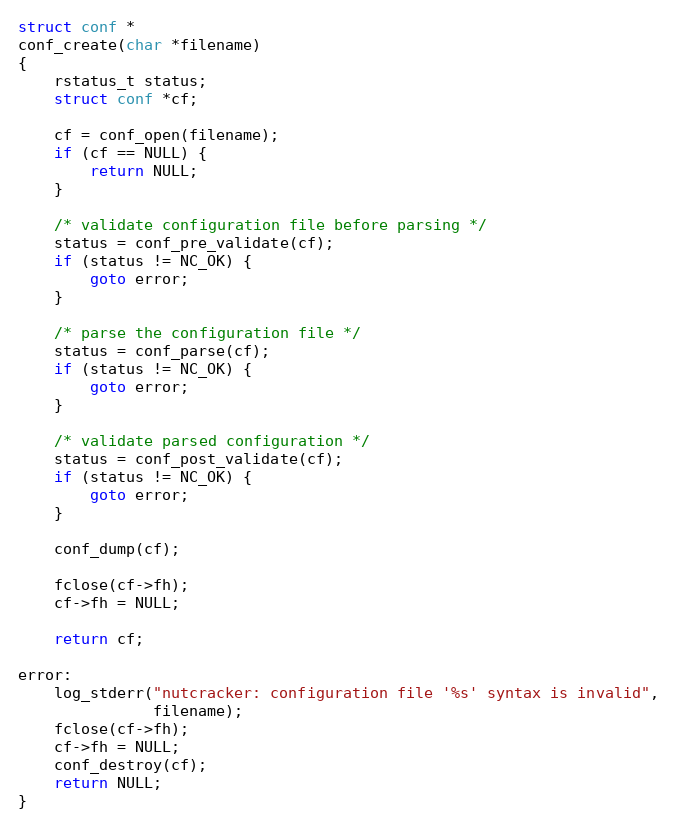
Language: C
struct conf *
conf_create(char *filename)
{
    rstatus_t status;
    struct conf *cf;

    cf = conf_open(filename);
    if (cf == NULL) {
        return NULL;
    }

    /* validate configuration file before parsing */
    status = conf_pre_validate(cf);
    if (status != NC_OK) {
        goto error;
    }

    /* parse the configuration file */
    status = conf_parse(cf);
    if (status != NC_OK) {
        goto error;
    }

    /* validate parsed configuration */
    status = conf_post_validate(cf);
    if (status != NC_OK) {
        goto error;
    }

    conf_dump(cf);

    fclose(cf->fh);
    cf->fh = NULL;

    return cf;

error:
    log_stderr("nutcracker: configuration file '%s' syntax is invalid",
               filename);
    fclose(cf->fh);
    cf->fh = NULL;
    conf_destroy(cf);
    return NULL;
}